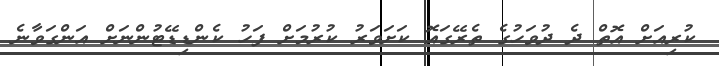
ކުރިއަށް އޮތް ދެ ދުވަހުގެ ތެރޭގައޮ ކަށަވަރު ކުރުމަށް ފަހު ކެންޑިޑޭޓުންނަށް އަންގަވާނެ